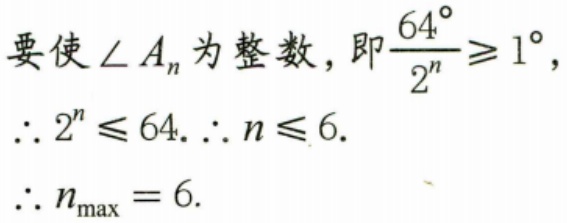
要使$\angle A_{n}$为整数，即$\dfrac{64^{\circ}}{2^{n}}\geqslant1^{\circ}$，
$\therefore 2^{n}\leqslant64.\therefore n\leqslant6.$
$\therefore n_{\max}=6.$